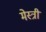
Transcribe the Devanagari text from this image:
मेस्‍त्री